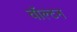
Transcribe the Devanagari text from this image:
वाॅल्टन